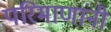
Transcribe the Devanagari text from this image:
परिमाणांनी